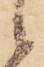
候